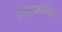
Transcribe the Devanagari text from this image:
डिस्फोनिया